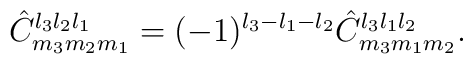
\hat{C}^{l_3 l_2 l_1}_{m_3 m_2 m_1}=(-1)^{l_3 -l_1 -l_2} \hat{C}^{l_3 l_1 l_2}_{m_3 m_1 m_2}.